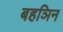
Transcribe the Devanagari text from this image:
बहञिन